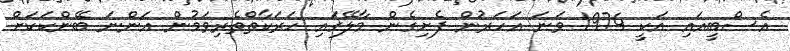
އެސްބީއައި އަކީ 1974 ވަނަ އަހަރުން ފެށިގެން މާލޭގައި ހަރަކާތްތެެރިވަމުން އަންނަ ބޭންކަކަށް